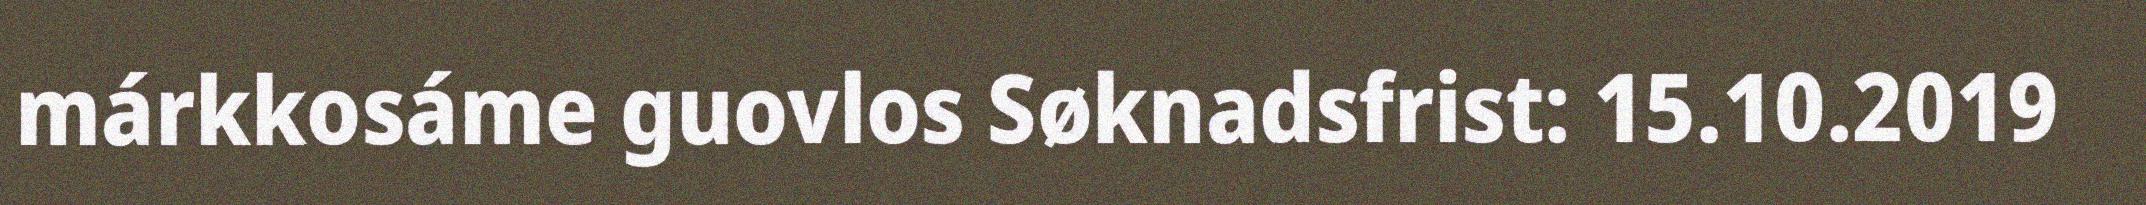
márkkosáme guovlos Søknadsfrist: 15.10.2019